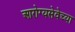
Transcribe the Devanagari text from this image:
आरोग्यसेवेच्या